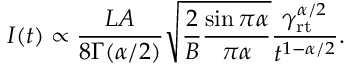
\begin{array} { r } { I ( t ) \propto \displaystyle \frac { L A } { 8 \Gamma ( \alpha / 2 ) } \sqrt { \frac { 2 } { B } \frac { \sin \pi \alpha } { \pi \alpha } } \frac { \gamma _ { \mathrm { r t } } ^ { \alpha / 2 } } { t ^ { 1 - \alpha / 2 } } . } \end{array}